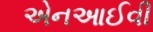
એનઆઈવી